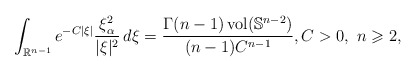
\begin{align*} \int_{\mathbb{R}^{n-1}}e^{-C|\xi|} \frac{\xi_{\alpha}^2}{|\xi|^2} \,d\xi = \frac{\Gamma(n-1)\operatorname{vol}(\mathbb{S}^{n-2})}{(n-1)C^{n-1}},C>0,\ n\geqslant 2,\end{align*}